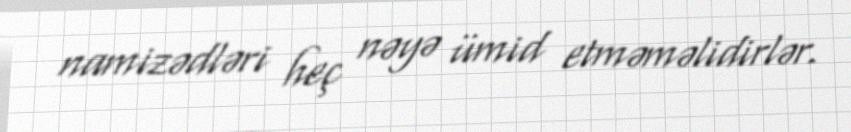
namizədləri heç nəyə ümid etməməlidirlər.